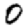
Digit: 0